Mental hospitals Bombay report 1929-33 - 1929-1933
Year: 1929
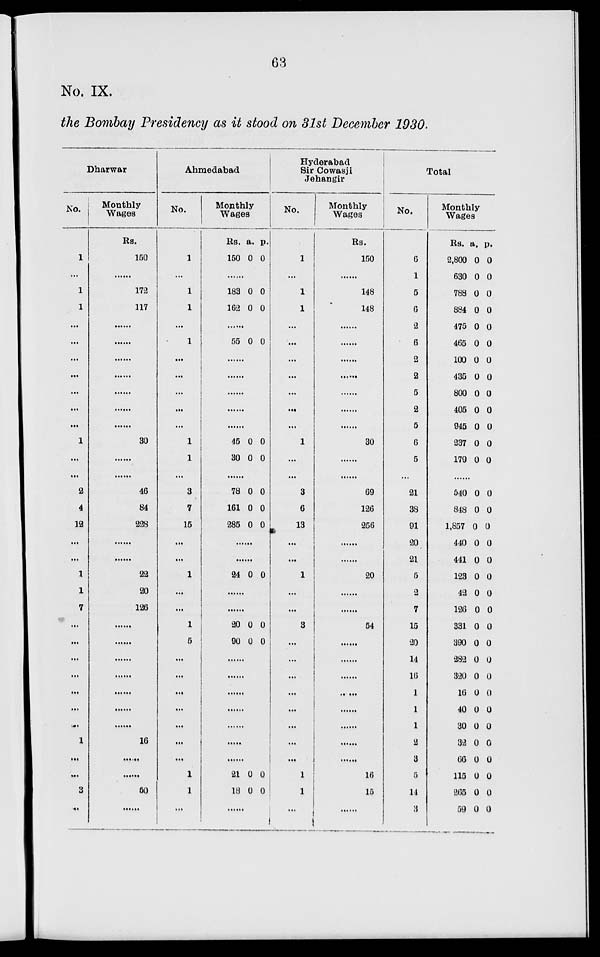
63
No. IX.
the Bombay Presidency as it stood on 31st December 1930.
Dharwar
No.
1
...
1
1
...
...
...
...
...
...
...
1
...
...
2
4
12
...
...
1
1
7
...
...
...
...
...
...
...
1
...
...
3
...
Monthly
Wages
Rs.
150
......
172
117
......
......
......
......
......
......
......
30
......
......
46
84
228
......
......
22
20
126
......
......
......
......
......
......
......
16
......
......
50
......
Ahmedabad
No.
1
...
1
1
...
1
...
...
...
...
...
1
1
...
3
7
15
...
...
1
...
...
1
5
...
...
...
...
...
...
...
1
1
...
Monthly
Wages
Rs.
150
a.
0
p.
0
.......
183
162
0
0
0
0
......
55 0 0
......
......
......
......
......
45
30
0
0
0
0
......
78
161
285
0
0
0
0
0
0
......
......
24 0 0
......
......
20
90
0
0
0
0
......
......
......
......
......
......
......
21
18
0
0
0
0
......
Hyderabad Sir Cowasji
Jehangir
No.
1
...
1
1
...
...
...
...
...
...
...
1
...
...
3
6
13
...
...
1
...
...
3
...
...
...
...
...
...
....
...
1
1
...
Monthly
Wages
Rs.
150
...
148
148
......
......
......
......
......
......
......
30
......
......
69
126
256
......
......
20
......
......
54
......
......
......
......
......
......
......
......
16
15
......
Total
No.
6
1
5
6
2
6
2
2
5
2
5
6
5
...
21
38
91
20
21
5
2
7
15
20
14
16
1
1
1
2
3
5
14
3
Monthly
Wages
Rs.
2,800
630
788
884
475
465
100
435
800
405
945
237
179
a.
0
0
0
0
0
0
0
0
0
0
0
0
0
p.
0
0
0
0
0
0
0
0
0
0
0
0
0
......
540
848
1,857
440
441
123
42
126
331
390
282
320
16
40
30
32
66
115
265
59
0
0
0
0
0
0
0
0
0
0
0
0
0
0
0
0
0
0
0
0
0
0
0
0
0
0
0
0
0
0
0
0
0
0
0
0
0
0
0
0